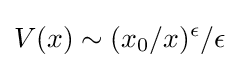
V(x)\sim (x_{0}/x)^{\epsilon }/\epsilon